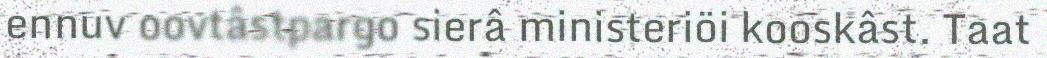
ennuv oovtâstpargo sierâ ministeriöi kooskâst. Taat